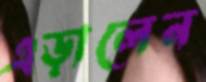
এড়ালেন